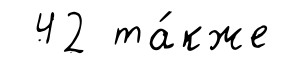
42 та́кже